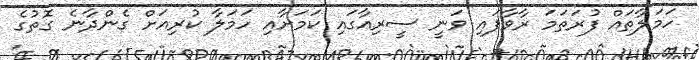
ހަމަލާތައް ފުރަތަމަ ރާވާފައި ވަނީ ސީރިއާގައި ކަމަށާއި ހަމަލާ ކުރިއަށް ގެންދާނެ ގޮތުގެ